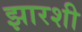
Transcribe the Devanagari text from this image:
झारशी